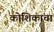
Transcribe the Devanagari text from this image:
कोशिकांचा